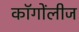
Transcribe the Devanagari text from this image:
कॉगोंलीज